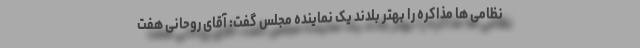
نظامی ها مذاکره را بهتر بلدند یک نماینده مجلس گفت: آقای روحانی هفت